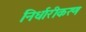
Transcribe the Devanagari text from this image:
निर्धारीकरण